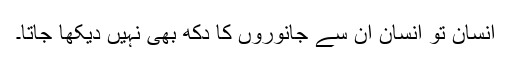
انسان تو انسان ان سے جانوروں کا دکھ بھی نہیں دیکھا جاتا۔